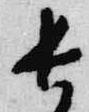
長